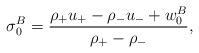
LaTeX: \begin{align*} \sigma_{0}^{B}=\frac{\rho_+u_+-\rho_-u_-+w_0^B}{\rho_+-\rho_-},\end{align*}